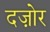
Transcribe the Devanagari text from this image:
दज़ोर